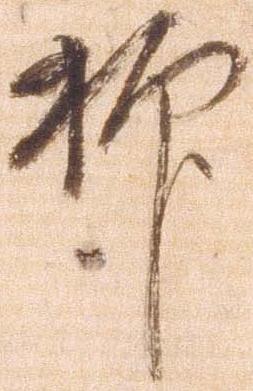
抑